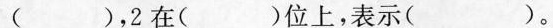
表示( )，2在( )位上，表示( )。